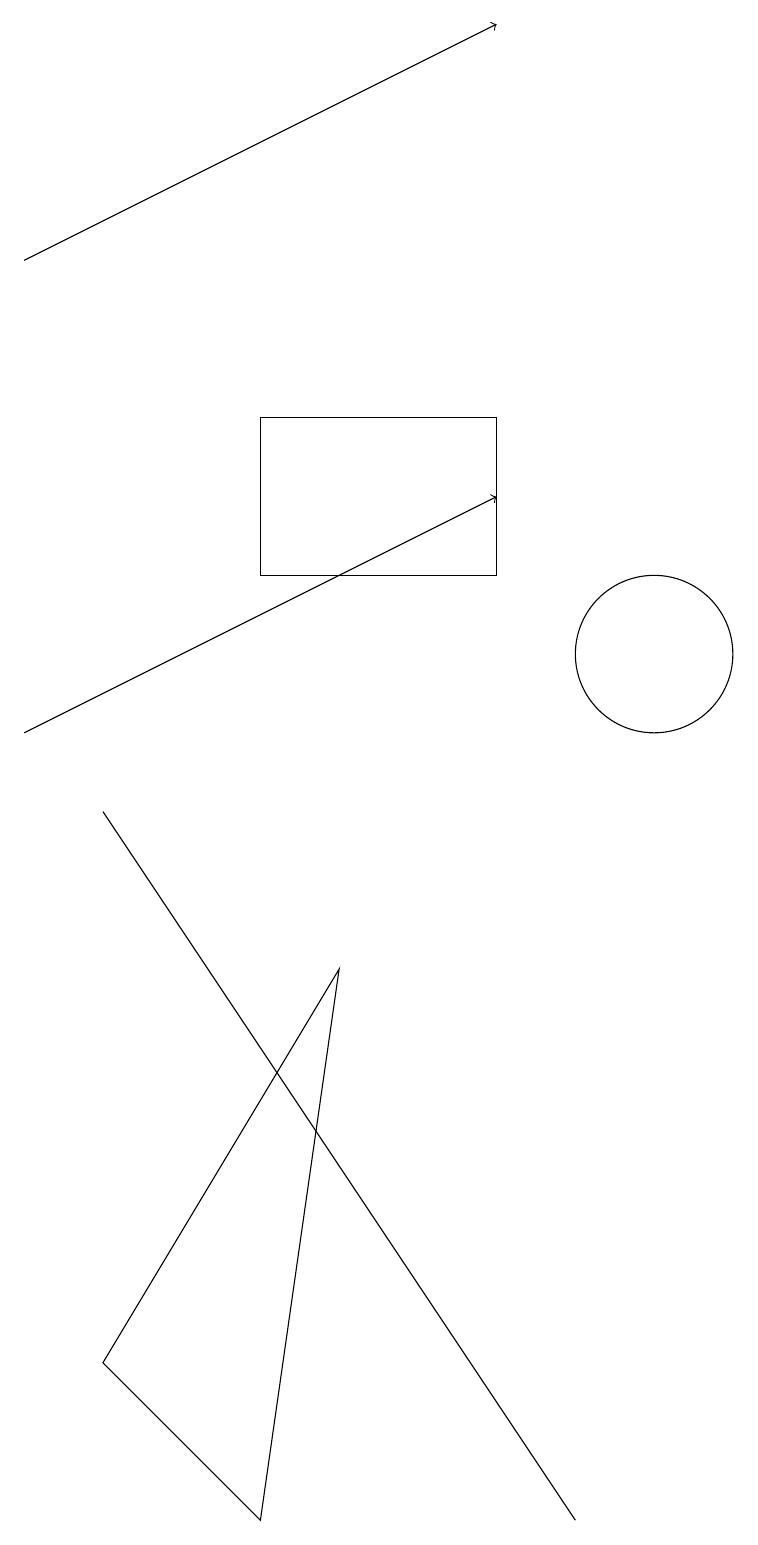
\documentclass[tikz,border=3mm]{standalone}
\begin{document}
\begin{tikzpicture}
\draw[->] (2,16) -- (8,19);
\draw (5,12) rectangle (8,14);
\draw (10,11) circle (1);
\draw (6,7) -- (5,0) -- (3,2) -- cycle;
\draw (9,0) -- (3,9) -- (7,3) -- cycle;
\draw[->] (2,10) -- (8,13);
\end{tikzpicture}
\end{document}